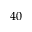
4 0